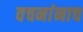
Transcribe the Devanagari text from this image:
वचनांनाच